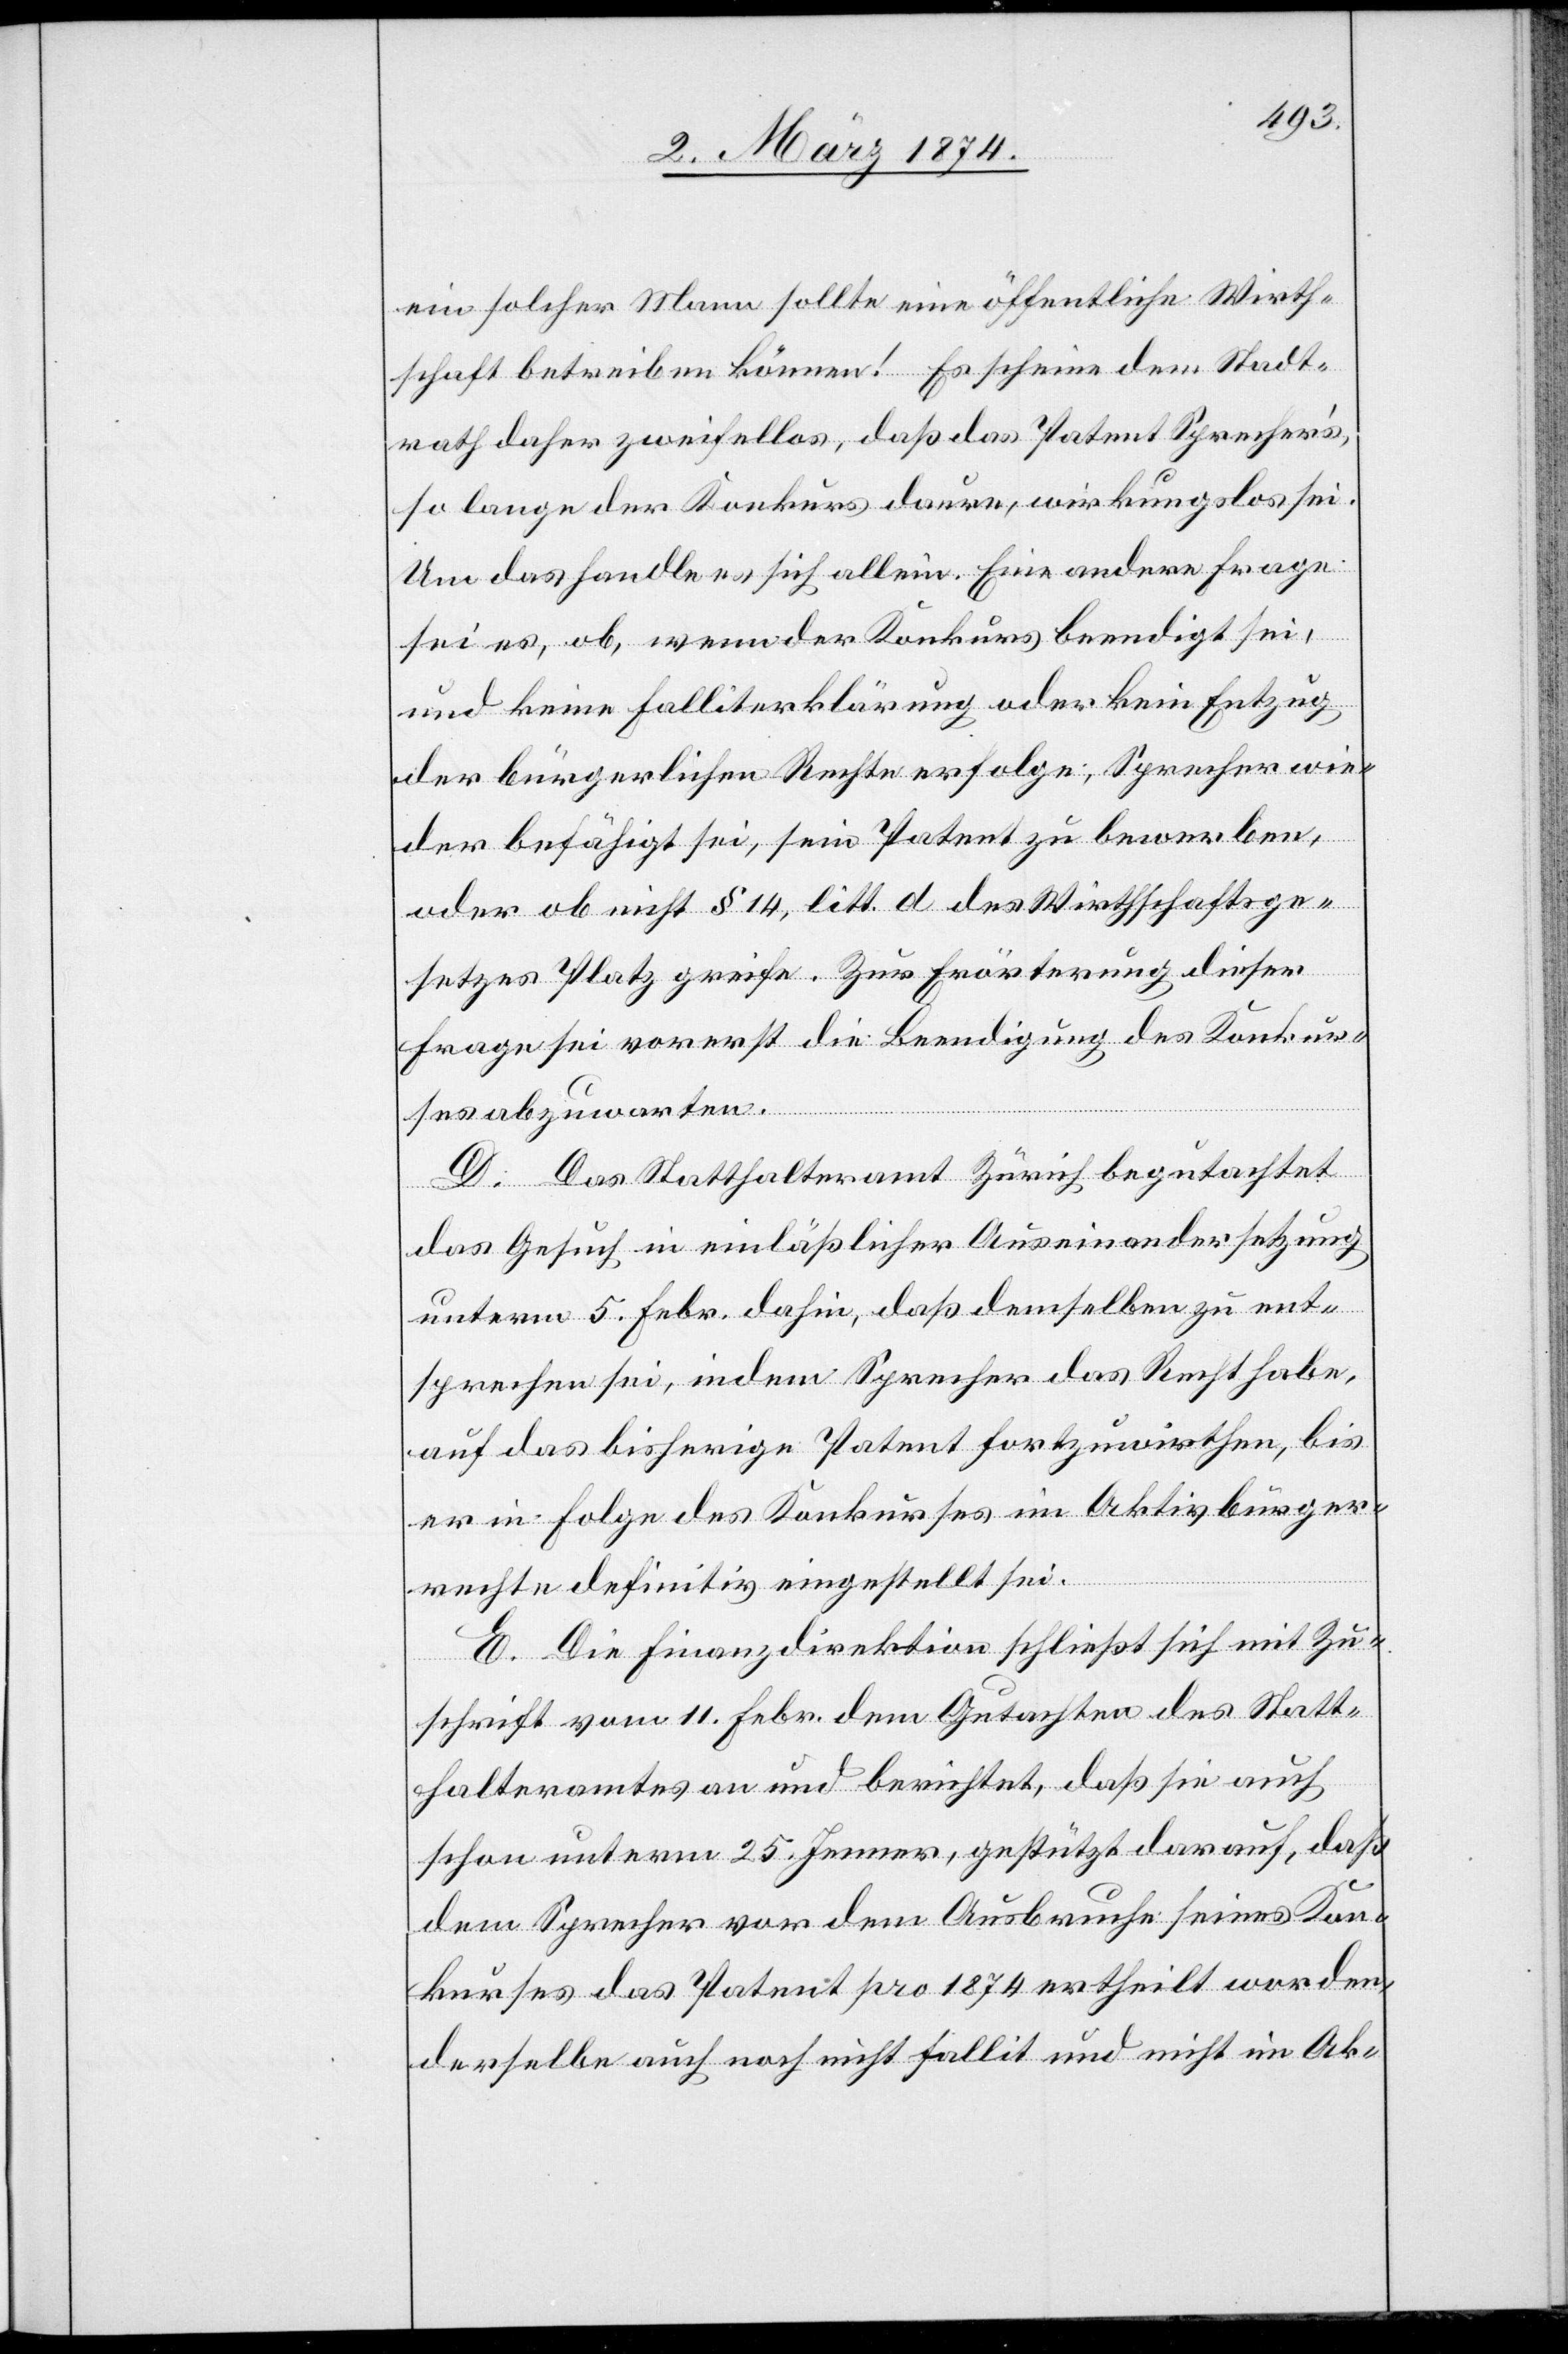
ein solcher Mann sollte eine öffentliche Wirth¬
schaft betreiben können! Es scheine dem Stadt¬
rath daher zweifellos, daß das Patent Sprecher’s,
so lange der Konkurs daure, wirkungslos sei.
Um das handle es sich allein. Eine andere Frage
sei es, ob, wenn der Konkurs beendigt sei,
und keine Falliterklärung oder kein Entzug
der bürgerlichen Rechte erfolge, Sprecher wie¬
der befähigt sei, sein Patent zu bewerben,
oder ob nicht § 14, litt. d des Wirthschaftsge¬
setzes Platz greife. Zur Erörterung dieser
Frage sei vorerst die Beendigung des Konkur¬
ses abzuwarten.
D. Das Statthalteramt Zürich begutachtet
das Gesuch in einläßlicher Auseinandersetzung
unterm 5. Febr. dahin, daß demselben zu ent¬
sprechen sei, indem Sprecher das Recht habe,
auf das bisherige Patent fortzuwirthen, bis
er in Folge des Konkurses im Aktivbürger¬
rechte definitiv eingestellt sei.
E. Die Finanzdirektion schließt sich mit Zu¬
schrift vom 11. Febr. dem Gutachten des Statt¬
halteramt an und berichtet, daß sie auch
schon unterm 25. Jenner, gestützt darauf, daß
dem Sprecher vor dem Ausbruche seines Kon¬
kurses das Patent pro 1874 ertheilt worden,
derselbe auch noch nicht fallit und nicht im Ak-